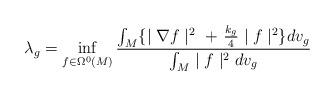
LaTeX: \begin{align*}\begin{aligned}\lambda_{g}&=\inf_{f\in\Omega^{0}(M)} \frac{\int_{M}\{\mid \nabla f\mid^{2}\ + \ \frac{k_{g}}{4}\mid f\mid^{2}\}dv_{g}}{\int_{M}\mid f\mid^{2}dv_{g}}\\\end{aligned}\end{align*}